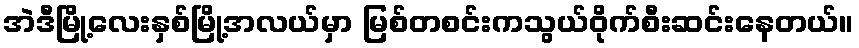
အဲဒီမြို့လေးနှစ်မြို့အလယ်မှာ မြစ်တစင်းကသွယ်ဝိုက်စီးဆင်းနေတယ်။